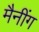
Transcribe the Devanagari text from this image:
मैनींग